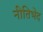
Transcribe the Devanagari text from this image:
नीतिभेद